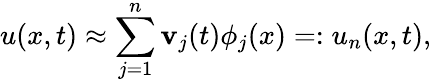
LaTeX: u(x,t)\approx\sum_{j=1}^{n}{\mathbf{v}}_{j}(t)\phi_{j}(x)=:u_{n}(x,t),